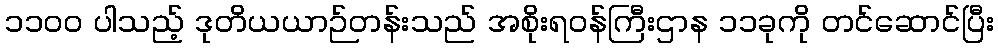
၁၁၀၀ ပါသည့် ဒုတိယယာဉ်တန်းသည် အစိုးရဝန်ကြီးဌာန ၁၁ခုကို တင်ဆောင်ပြီး